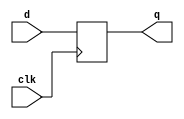
module dffwithoutrst(clk,d,q);

input clk,d;
output reg q;

always@(posedge clk)
begin

q<=d;

end
endmodule